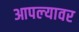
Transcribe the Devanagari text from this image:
आपल्‍यावर